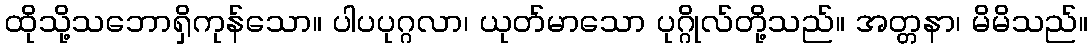
ထိုသို့သဘောရှိကုန်သော။ ပါပပုဂ္ဂလာ၊ ယုတ်မာသော ပုဂ္ဂိုလ်တို့သည်။ အတ္တနာ၊ မိမိသည်။